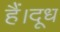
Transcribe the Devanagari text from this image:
हैं।दूध